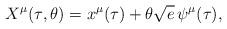
LaTeX: \begin{align*}X^\mu{}(\tau{},\theta{}) = x^\mu{}(\tau{}) + \theta{}\sqrt{e}\,\psi{}^\mu{}(\tau{}),\end{align*}